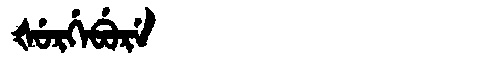
Manchu: ᡧᡠᡵᡤᡝᠪᡠᡵᡝ
Romanization: ŠURGEBURE